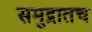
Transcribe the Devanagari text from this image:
समुद्रातच